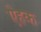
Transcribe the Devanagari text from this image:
ऐहक